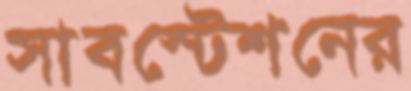
সাবস্টেশনের